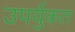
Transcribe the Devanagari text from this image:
उपर्युकत